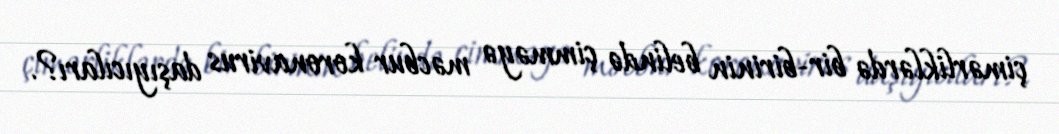
çimərliklərdə bir-birinin belində çimməyə məcbur koronavirus daşıyıcıları?.